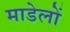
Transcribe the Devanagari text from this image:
माडेलों